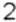
2